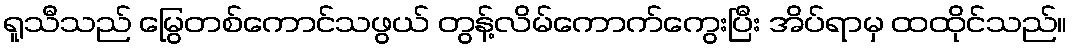
ရူသီသည် မြွေတစ်ကောင်သဖွယ် တွန့်လိမ်ကောက်ကွေးပြီး အိပ်ရာမှ ထထိုင်သည်။